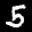
Label: 5